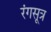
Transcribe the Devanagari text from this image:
रंगसूत्र